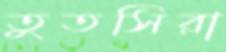
তুতসিরা